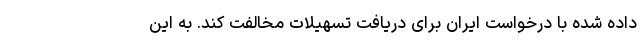
داده شده با درخواست ایران برای دریافت تسهیلات مخالفت کند. به این